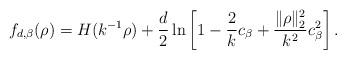
LaTeX: \begin{align*}f_{d,\beta}(\rho)&=H(k^{-1}\rho)+\frac{d}{2}\ln\left[1-\frac{2}{k}c_\beta+\frac{\|\rho\|_2^2}{k^2}c_\beta^ 2\right].\end{align*}